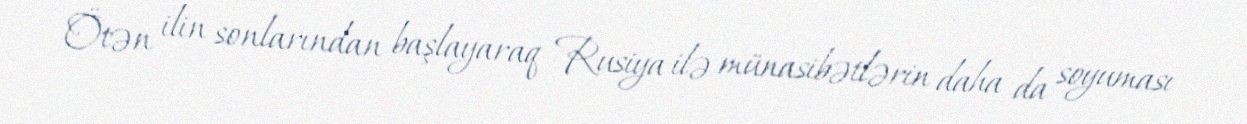
Ötən ilin sonlarından başlayaraq Rusiya ilə münasibətlərin daha da soyuması